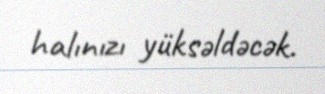
halınızı yüksəldəcək.